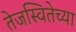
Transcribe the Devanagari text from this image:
तेजस्वितेच्या